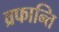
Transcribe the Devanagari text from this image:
व्रफान्ति